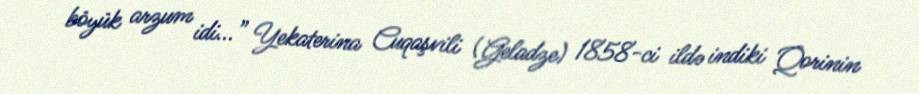
böyük arzum idi...” Yekaterina Cuqaşvili (Geladze) 1858-ci ildə indiki Qorinin